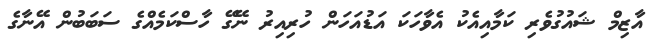
އާޒިމް ޝައުގުވެރި ކަމާއިއެކު އެވާހަކަ އަޑުއަހަން ހުރިއިރު ނޭގޭ ހާސްކަމެއްގެ ސަބަބުން އޭނާގެ